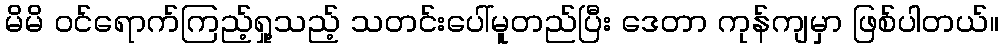
မိမိ ဝင်ရောက်ကြည့်ရှု့သည့် သတင်းပေါ်မူတည်ပြီး ဒေတာ ကုန်ကျမှာ ဖြစ်ပါတယ်။